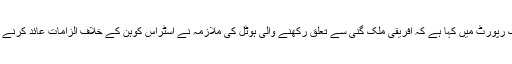
امریکی اخبار 'نیویارک ٹائمز' نے اپنی ایک رپورٹ میں کہا ہے کہ افریقی ملک گِنی سے تعلق رکھنے والی ہوٹل کی ملازمہ نے اسٹراس کوہن کے خلاف الزامات عائد کرنے کے بعد استغاثہ سے مسلسل غلط بیانی کی۔